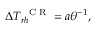
\Delta T _ { r h } ^ { \mathrm { ~ \scriptsize ~ C ~ R ~ } } = a \theta ^ { - 1 } ,